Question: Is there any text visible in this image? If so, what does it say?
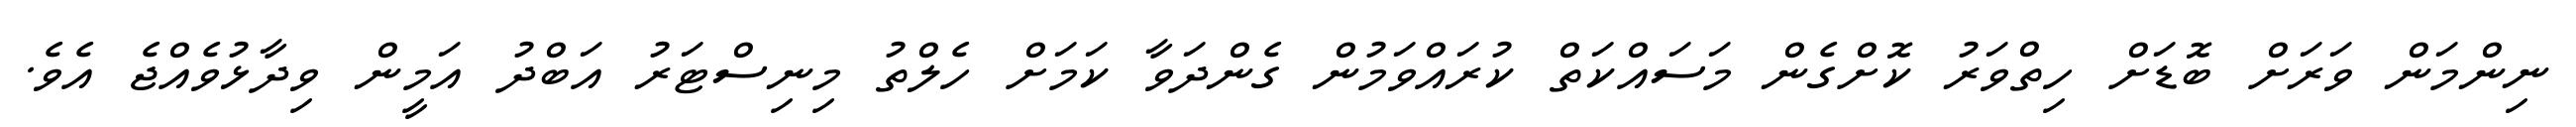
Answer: ނިންމަން ވަރަށް ބޮޑަށް ހިތްވަރު ކޮށްގެން މަސައްކަތް ކުރައްވަމުން ގެންދަވާ ކަމަށް ހެލްތު މިނިސްޓަރު އަބްދު އަމީން ވިދާޅުވެއްޖެ އެވެ.